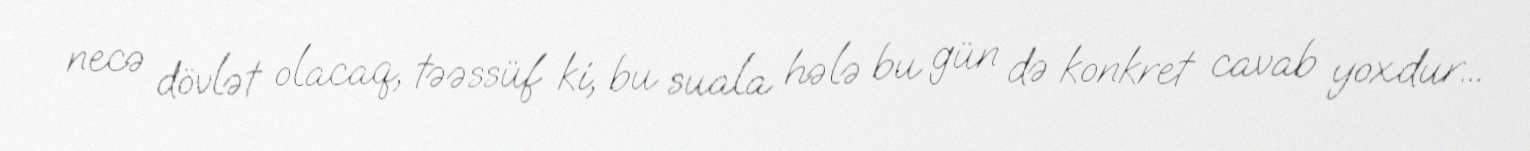
necə dövlət olacaq, təəssüf ki, bu suala hələ bu gün də konkret cavab yoxdur...